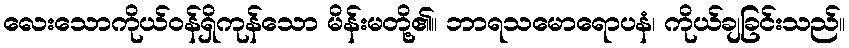
လေးသောကိုယ်ဝန်ရှိကုန်သော မိန်းမတို့၏။ ဘာရသမောရောပနံ၊ ကိုယ်ချခြင်းသည်။